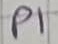
Text: P1